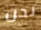
نحن